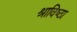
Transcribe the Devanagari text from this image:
श्राविष्ठा